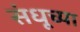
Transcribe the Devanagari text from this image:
संधूच्या